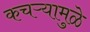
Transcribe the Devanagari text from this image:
कचऱ्यामुळे